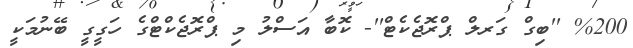
%200 ''ބިގް ގަރލް ޕްރޮޖެކެޓް''- ކޮބާ އަސްލު މި ޕްރޮޖެކްޓްގެ ހަގީގީ ބޭނުމަކީ